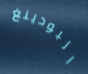
البودينغ